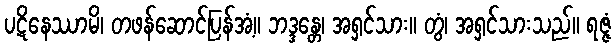
ပဋိနေဿာမိ၊ တဖန်ဆောင်ပြန်အံ့။ ဘဒ္ဒန္တေ၊ အရှင်သား။ တွံ၊ အရှင်သားသည်။ ရဇ္ဇံ